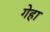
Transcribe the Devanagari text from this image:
गेहा